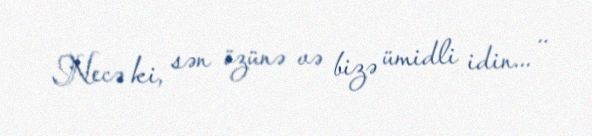
Necə ki, sən özünə və bizə ümidli idin... ..